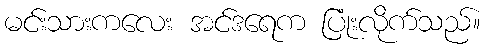
မင်းသားကလေး အင်ဒရေက ပြုံးလိုက်သည်။